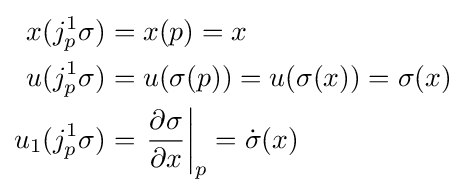
{\begin{aligned}x(j_{p}^{1}\sigma )&=x(p)=x\\u(j_{p}^{1}\sigma )&=u(\sigma (p))=u(\sigma (x))=\sigma (x)\\u_{1}(j_{p}^{1}\sigma )&=\left.{\frac {\partial \sigma }{\partial x}}\right|_{p}={\dot {\sigma }}(x)\end{aligned}}